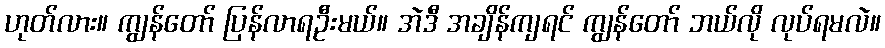
ဟုတ်လား။ ကျွန်တော် ပြန်လာရဦးမယ်။ အဲဒီ အချိန်ကျရင် ကျွန်တော် ဘယ်လို လုပ်ရမလဲ။